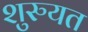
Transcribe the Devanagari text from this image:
शुरुयत